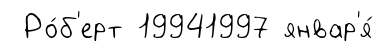
Ро́б'ерт 19941997 январ'я́